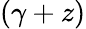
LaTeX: (\gamma+z)